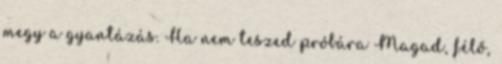
megy a gyantázás. Ha nem teszed próbára Magad, félő,